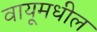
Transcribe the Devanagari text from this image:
वायूमधील